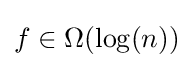
f\in \Omega (\log(n))